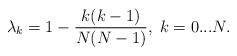
LaTeX: \begin{align*}\lambda_k=1-\frac{k(k-1)}{N(N-1)},\; k=0...N.\end{align*}